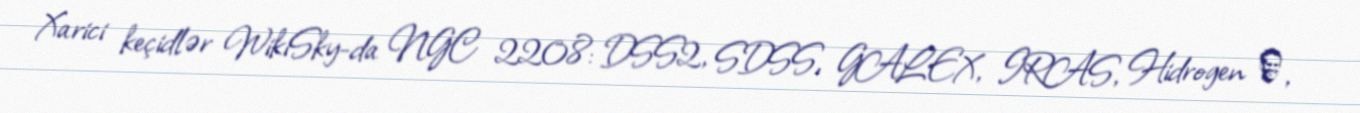
Xarici keçidlər WikiSky-da NGC 2208: DSS2, SDSS, GALEX, IRAS, Hidrogen α,